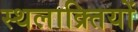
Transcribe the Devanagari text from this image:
स्थलाक्र्तियों